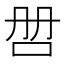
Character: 𰇑